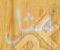
مثل